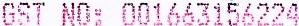
GST NO: 001663156224